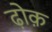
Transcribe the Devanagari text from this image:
ढ़ोक़